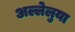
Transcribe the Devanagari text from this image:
अल्लेलुया